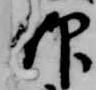
仰